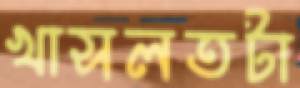
খাসলতটা